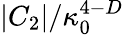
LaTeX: {|C_{2}|}/{\kappa_{0}^{4-D}}